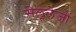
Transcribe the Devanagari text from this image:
सेलूलेजों